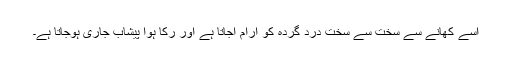
اسے کھانے سے سخت سے سخت درد گردہ کو آرام آجاتا ہے اور رکا ہوا پیشاب جاری ہوجاتا ہے۔